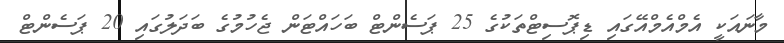
މާނައަކީ އެމްއެމްއޭގައި ޑިޕޮސިޓްތަކުގެ 25 ޕަސެންޓް ބަހައްޓަން ޖެހުމުގެ ބަދަލުގައި 20 ޕަސެންޓް